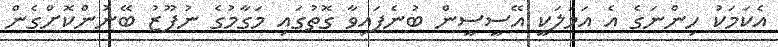
އެކަމަކު ހިންނަގެ އެ އަމަލަކީ އޭސީސީން ބުނެފައިވާ ގޮތުގައި މަގާމުގެ ނުފޫޒު ބޭނުންކޮށްގެން